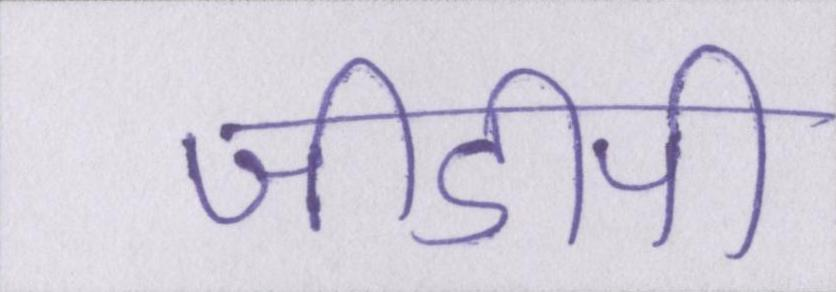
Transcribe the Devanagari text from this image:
जीडीपी